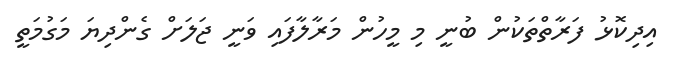
އިދިކޮޅު ފަރާތްތަކުން ބުނީ މި މީހުން މަރާލާފައި ވަނީ ޖަލަށް ގެންދިޔަ މަގުމަތީ